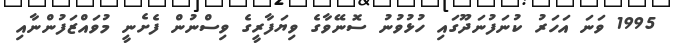
1995 ވަނަ އަހަރު ކުނަފުނަދޫގައި ހުޅުވުނު ސޮނޭވާގެ ވިޔަފާރީގެ ވިސްނުން ފެށެނީ މުވައްޒަފުންނާއި